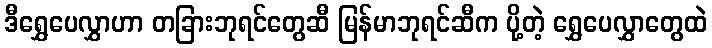
ဒီရွှေပေလွှာဟာ တခြားဘုရင်တွေဆီ မြန်မာဘုရင်ဆီက ပို့တဲ့ ရွှေပေလွှာတွေထဲ